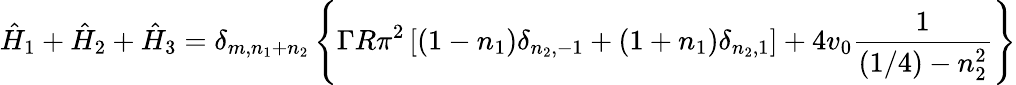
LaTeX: \hat{H}_{1}+\hat{H}_{2}+\hat{H}_{3}=\delta_{m,n_{1}+n_{2}}\left\{ \Gamma R\pi^{2}\left[(1-n_{1})\delta_{n_{2},-1}+(1+n_{1})\delta_{n_{2},1}\right]+4v_{0}{\frac{1}{(1/4)-n_{2}^{2}}}\right\}